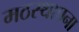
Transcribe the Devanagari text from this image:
मठस्थापना